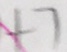
+ 7